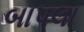
બાપલા